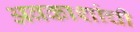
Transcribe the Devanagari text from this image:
अवकाशांची